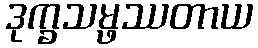
ဒုက္ခသမ္ဖဿတာယ